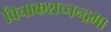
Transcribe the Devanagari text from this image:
विचाकशच्चन्द्रमा